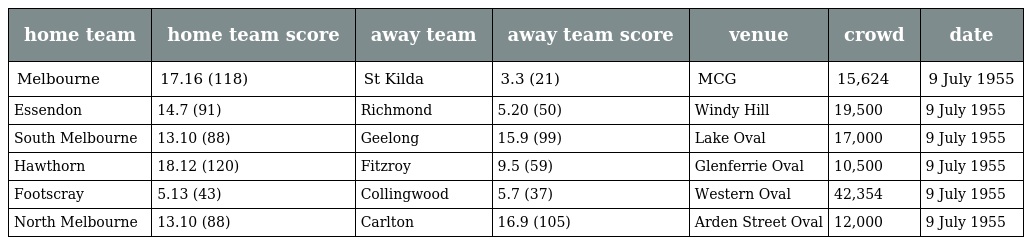
| home team | home team score | away team | away team score | venue | crowd | date |
 | --- | --- | --- | --- | --- | --- | --- |
 | Melbourne | 17.16 (118) | St Kilda | 3.3 (21) | MCG | 15,624 | 9 July 1955 |
 | Essendon | 14.7 (91) | Richmond | 5.20 (50) | Windy Hill | 19,500 | 9 July 1955 |
 | South Melbourne | 13.10 (88) | Geelong | 15.9 (99) | Lake Oval | 17,000 | 9 July 1955 |
 | Hawthorn | 18.12 (120) | Fitzroy | 9.5 (59) | Glenferrie Oval | 10,500 | 9 July 1955 |
 | Footscray | 5.13 (43) | Collingwood | 5.7 (37) | Western Oval | 42,354 | 9 July 1955 |
 | North Melbourne | 13.10 (88) | Carlton | 16.9 (105) | Arden Street Oval | 12,000 | 9 July 1955 |